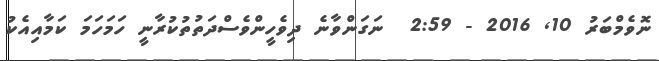
ނޮވެމްބަރު 10